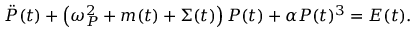
\Ddot { \cal P } ( t ) + \left( \omega _ { P } ^ { 2 } + m ( t ) + \Sigma ( t ) \right) { \cal P } ( t ) + \alpha { \cal P } ( t ) ^ { 3 } = E ( t ) .